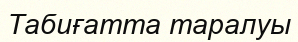
Табиғатта таралуы